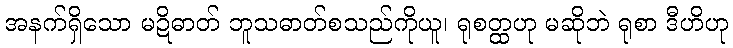
အနက်ရှိသော မဍိဓာတ် ဘူသဓာတ်စသည်ကိုယူ၊ ရုစတ္ထဟု မဆိုဘဲ ရုစာ ဒီဟိဟု